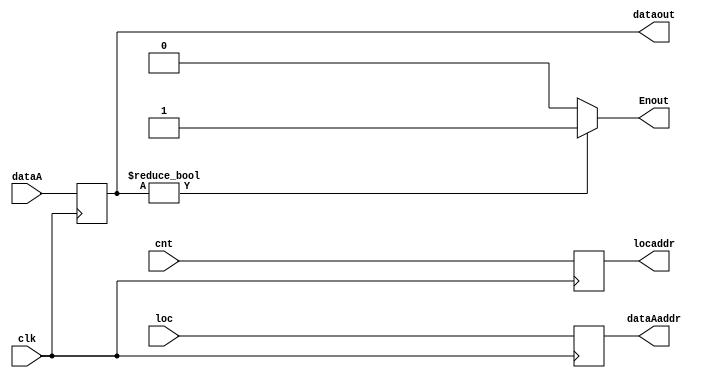
//    ---------------------------------------------------
//    |    Pixel order                                  |
//    |                                                 |
//    |    |         tu          |                       |                                  |
//    | -  -------------------     -------------------  |
//    |    |                 |     |                 |  |
//    |    |      dataA      |     |      dataB      |  |
//    |    |                 |     |                 |  |
//    |    -------------------     -------------------  |
//    | tv -------------------     -------------------  |
//    |    |                 |     |                 |  |
//    | -  |      dataC      |   * |      dataC      |  |
//    |    |                 |     |                 |  |
//    |    -------------------     -------------------  |
//    --- -----------------------------------------------
//   
//   dataAB = dataA + tu * (dataB - dataA);
//   dataCD = dataC + tu * (dataD - dataC);
//   dataout = dataAB + tv * (dataCD - dataAB);

module Crc(
input clk,
input [18:0] cnt,
input  [18:0] loc,
input [7:0] dataA,
output wire [18:0] locaddr,
output wire [18:0] dataAaddr,
output wire [7:0] dataout,
output Enout
);



reg [7:0] dataA_d0;
reg [18:0] locaddr_reg;
reg [18:0] dataAaddr_reg;


assign locaddr = locaddr_reg;
assign dataAaddr = dataAaddr_reg;
assign dataout = dataA_d0;
assign Enout = (dataout!=8'd0)?1'b1:1'b0;



always @(posedge clk)
begin
//T1
locaddr_reg <= cnt;

//T2,T3
dataAaddr_reg <= loc;

//T5,T6    
dataA_d0 <= dataA;


end



endmodule